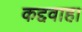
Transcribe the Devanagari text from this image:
कद्दवाहा